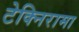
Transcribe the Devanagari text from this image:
टेक्निरामा